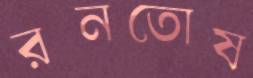
রনতোষ